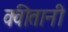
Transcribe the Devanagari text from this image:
क्वीतानी